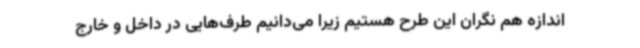
اندازه هم نگران این طرح هستیم زیرا می‌دانیم طرف‌هایی در داخل و خارج